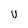
Character: U